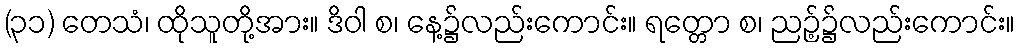
(၃၁) တေသံ၊ ထိုသူတို့အား။ ဒိဝါ စ၊ နေ့၌လည်းကောင်း။ ရတ္တော စ၊ ညဉ့်၌လည်းကောင်း။